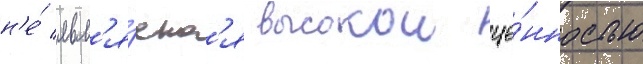
н'е́ явл'я́етс'я высокои це́нностью